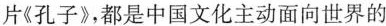
片《孔子》都是中国文化主动面向世界的